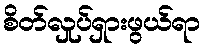
စိတ်လှုပ်ရှားဖွယ်ရာ